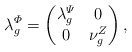
\begin{align*} \lambda^\varPhi_g =\begin{pmatrix}\lambda^\varPsi_g & 0\\ 0 & \nu^Z_g\end{pmatrix},\end{align*}